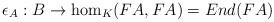
LaTeX: \begin{align*}\epsilon_A : B \to \hom_K(FA,FA) = End(FA)\end{align*}